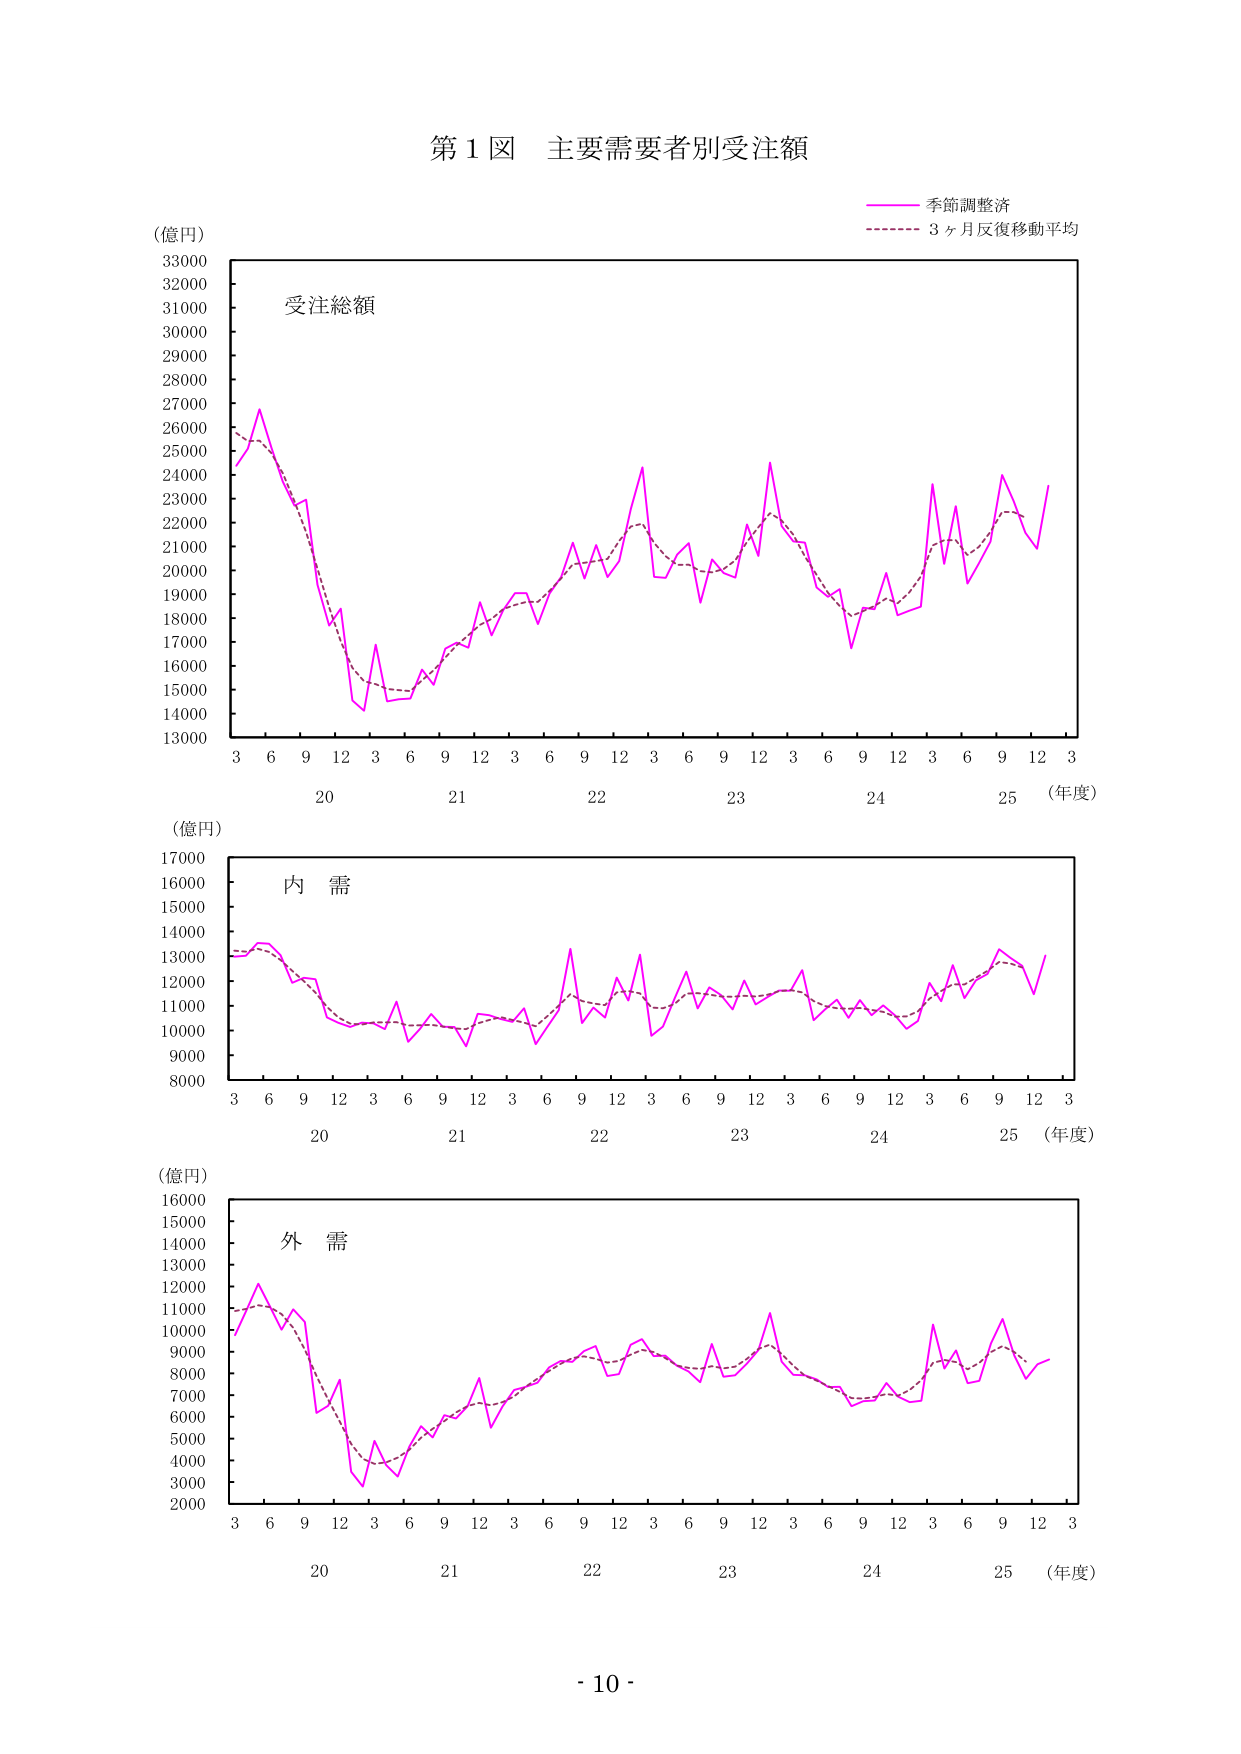
第1図 主要需要者別受注額

(億円)
33000
32000
31000
30000
29000
28000
27000
26000
25000
24000
23000
22000
21000
20000
19000
18000
17000
16000
15000
14000
13000

受注総額

季節調整済
3ヶ月反復移動平均

3 6 9 12 3 6 9 12 3 6 9 12 3 6 9 12 3 6 9 12 3
20 21 22 23 24 25 (年度)

(億円)
17000
16000
15000
14000
13000
12000
11000
10000
9000
8000

内 需

3 6 9 12 3 6 9 12 3 6 9 12 3 6 9 12 3 6 9 12 3
20 21 22 23 24 25 (年度)

(億円)
16000
15000
14000
13000
12000
11000
10000
9000
8000
7000
6000
5000
4000
3000
2000

外 需

3 6 9 12 3 6 9 12 3 6 9 12 3 6 9 12 3 6 9 12 3
20 21 22 23 24 25 (年度)

- 10 -